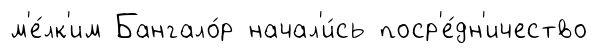
м'е́лк'им Бангало́р начал'и́сь поср'е́дн'ичество